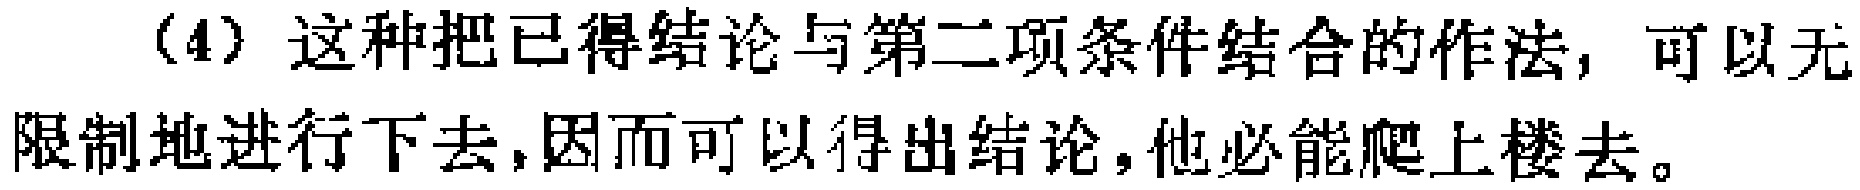
（4）这种把已得结论与第二项条件结合的作法，可以无限制地进行下去,因而可以得出结论,他必能爬上楼去。